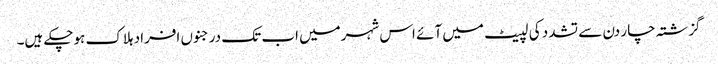
گزشتہ چار دن سے تشدد کی لپیٹ میں آئے اس شہرمیں اب تک درجنوں افراد ہلاک ہوچکے ہیں۔